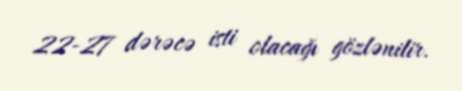
22-27 dərəcə isti olacağı gözlənilir.